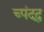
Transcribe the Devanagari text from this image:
च्पंदद्ध